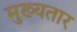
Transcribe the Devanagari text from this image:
मुख्यतार